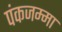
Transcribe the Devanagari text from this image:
पंकजम्मा